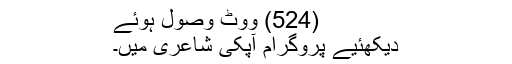
(524) ووٹ وصول ہوئے
دیکھئیے پروگرام آپکی شاعری میں۔